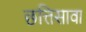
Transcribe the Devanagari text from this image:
छत्तिसावा